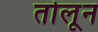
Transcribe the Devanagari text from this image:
तोलून